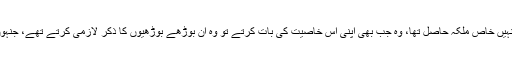
مگر کہانی بیان کرنے کے حوالے سے انہیں خاص ملکہ حاصل تھا، وہ جب بھی اپنی اس خاصیت کی بات کرتے تو وہ ان بوڑھے بوڑھیوں کا ذکر لازمی کرتے تھے، جنہوں نے انہیں بچپن میں کہانیاں سنائی تھیں۔